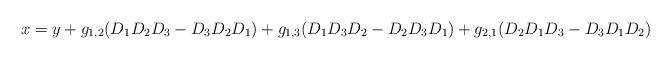
LaTeX: \begin{align*}x=y+ g_{1,2}(D_1D_2D_3-D_3D_2D_1)+g_{1,3}(D_1D_3D_2-D_2D_3D_1)+g_{2,1}(D_2D_1D_3-D_3D_1D_2)\end{align*}